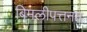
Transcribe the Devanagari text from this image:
बिमलीपत्तनम